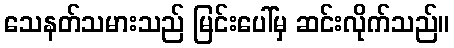
သေနတ်သမားသည် မြင်းပေါ်မှ ဆင်းလိုက်သည်။